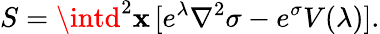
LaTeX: S=\intd^{2}\mathbf{x}\, [e^{\lambda}\nabla^{2}\sigma-e^{\sigma}V(\lambda)].